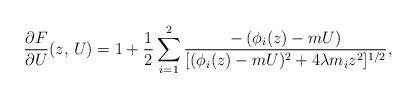
LaTeX: \begin{align*} \frac{\partial F}{\partial U}(z,\, U) = 1 + \frac{1}{2} \sum_{i=1}^2 \frac{- \left( \phi_i(z) - m U \right)}{[ ( \phi_i(z) - m U)^2 + 4 \lambda m_i z^2]^{1/2}},\end{align*}